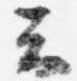
云